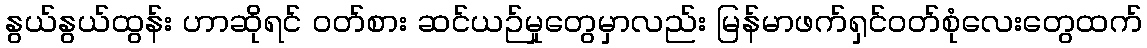
နွယ်နွယ်ထွန်း ဟာဆိုရင် ဝတ်စား ဆင်ယဉ်မှုတွေမှာလည်း မြန်မာဖက်ရှင်ဝတ်စုံလေးတွေထက်